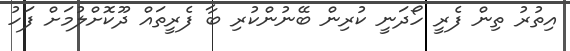
އިތުރު ތިން ފެރީ ހޯދަނީ ކުރިން ބޭނުންކުރި ބާ ފެރީތައް ދޫކޮށްލުމަށް ފަހު